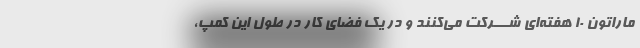
ماراتون ١٠ هفته‌ای شـــرکت می‌کنند و در یک فضای کار در طول این کمپ،